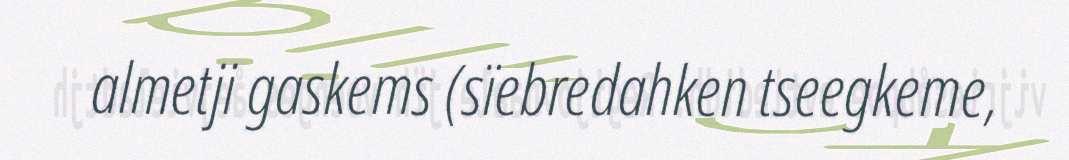
almetji gaskems (sïebredahken tseegkeme,